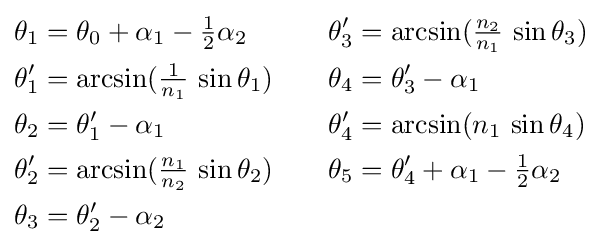
{\begin{aligned}\theta _{1}&=\theta _{0}+\alpha _{1}-{\tfrac {1}{2}}\alpha _{2}&\theta '_{3}&=\arcsin({\tfrac {n_{2}}{n_{1}}}\,\sin \theta _{3})\\\theta '_{1}&=\arcsin({\tfrac {1}{n_{1}}}\,\sin \theta _{1})\quad &\theta _{4}&=\theta '_{3}-\alpha _{1}\\\theta _{2}&=\theta '_{1}-\alpha _{1}&\theta '_{4}&=\arcsin(n_{1}\,\sin \theta _{4})\\\theta '_{2}&=\arcsin({\tfrac {n_{1}}{n_{2}}}\,\sin \theta _{2})&\theta _{5}&=\theta '_{4}+\alpha _{1}-{\tfrac {1}{2}}\alpha _{2}\\\theta _{3}&=\theta '_{2}-\alpha _{2}\end{aligned}}